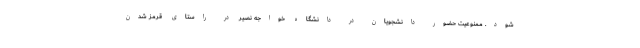
شود. ممنوعیت حضور دانشجویان در دانشگاه خواجه نصیر در راستای قرمز شدن